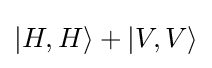
|H,H\rangle +|V,V\rangle